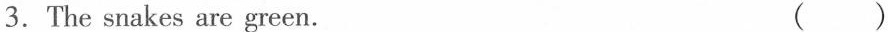
3.The snakes are green. （）